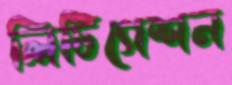
লিটিগেশন